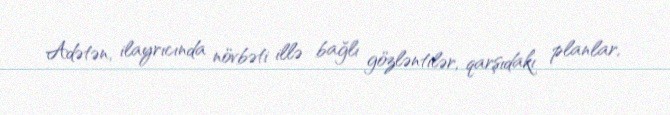
Adətən, ilayrıcında növbəti illə bağlı gözləntilər, qarşıdakı planlar,